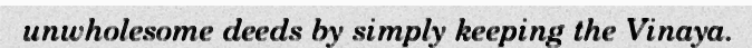
unwholesome deeds by simply keeping the Vinaya.